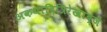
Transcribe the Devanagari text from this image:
अकथादित्रिरेखाब्जे